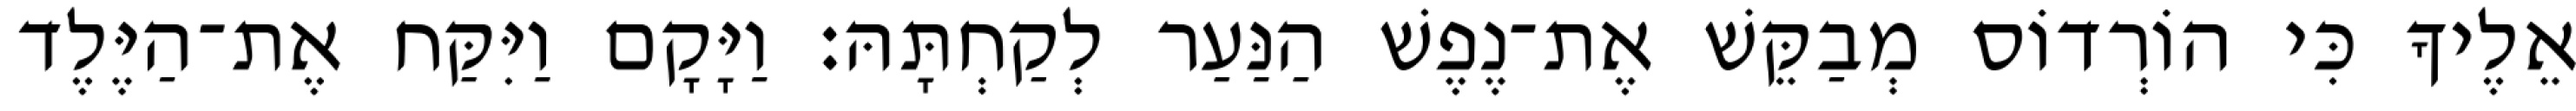
אֵלֶיךָ כִּי הוֹרְדוֹס מְבַקֵּשׁ אֶת־נֶפֶשׁ הַנַּעַר לְקַחְתָּהּ׃ וַיָּקָם וַיִּקַּח אֶת־הַיֶּלֶד